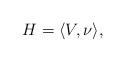
LaTeX: \begin{align*}H=\langle V,\nu\rangle,\end{align*}